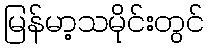
မြန်မာ့သမိုင်းတွင်